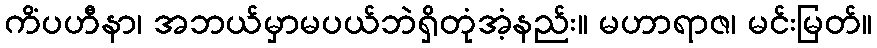
ကိံပဟီနာ၊ အဘယ်မှာမပယ်ဘဲရှိတုံအံ့နည်း။ မဟာရာဇ၊ မင်းမြတ်။